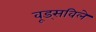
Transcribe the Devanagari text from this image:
वूड्सविले